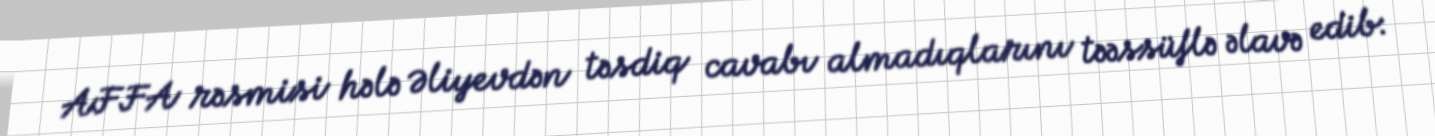
AFFA rəsmisi hələ Əliyevdən təsdiq cavabı almadıqlarını təəssüflə əlavə edib: